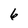
Character: 6